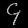
Digit: ၄